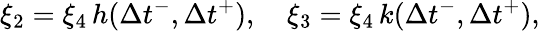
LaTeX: \xi_{2}=\xi_{4}\, h(\Delta{t}^{-},\Delta{t}^{+}),\quad\xi_{3}=\xi_{4}\, k(\Delta{t}^{-},\Delta{t}^{+}),